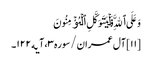
وَعَلَی ٱللَّهِ فَلۡیَتَوَکَّلِ ٱلۡمُؤۡمِنُونَ
[۱۱] آل عمران/سوره۳، آیه۱۲۲۔